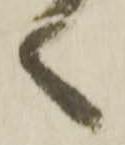
く